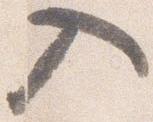
入